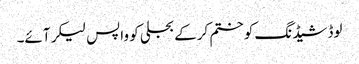
لوڈشیڈنگ کو ختم کرکے بجلی کو واپس لیکر آئے۔